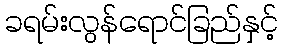
ခရမ်းလွန်ရောင်ခြည်နှင့်